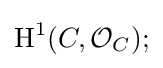
\operatorname {H} ^{1}(C,{\mathcal {O}}_{C});